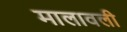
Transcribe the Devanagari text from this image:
मालावली